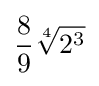
{\frac {8}{9}}{\sqrt[{4}]{2^{3}}}